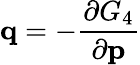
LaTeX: \mathbf{q}=-{\frac{\partial G_{4}}{\partial\mathbf{p}}}